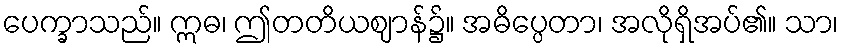
ပေက္ခာသည်။ ဣဓ၊ ဤတတိယဈာန်၌။ အဓိပ္ပေတာ၊ အလိုရှိအပ်၏။ သာ၊